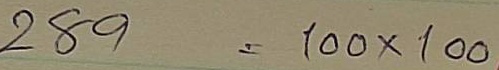
289 = 100 x 100